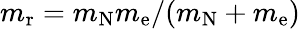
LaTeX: m_{\mathrm{r}}=m_{\mathrm{N}}m_{\mathrm{e}}/(m_{\mathrm{N}}+m_{\mathrm{e}})